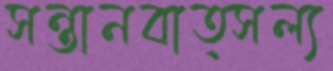
সন্তানবাত্সল্য